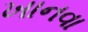
ખાનવા